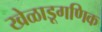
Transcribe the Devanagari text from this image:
खेळाडूगणिक